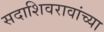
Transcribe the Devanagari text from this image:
सदाशिवरावांच्या